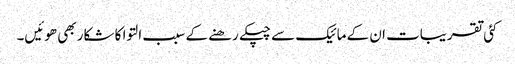
کئی تقریبات ان کے مائیک سے چپکے رھنے کے سبب التوا کا شکار بھی ھوئیں۔